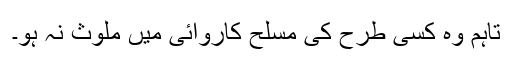
تاہم وہ کسی طرح کی مسلح کاروائی میں ملوث نہ ہو۔